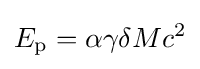
E_{\text{p}}=\alpha \gamma \delta Mc^{2}